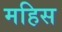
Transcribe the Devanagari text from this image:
महिस